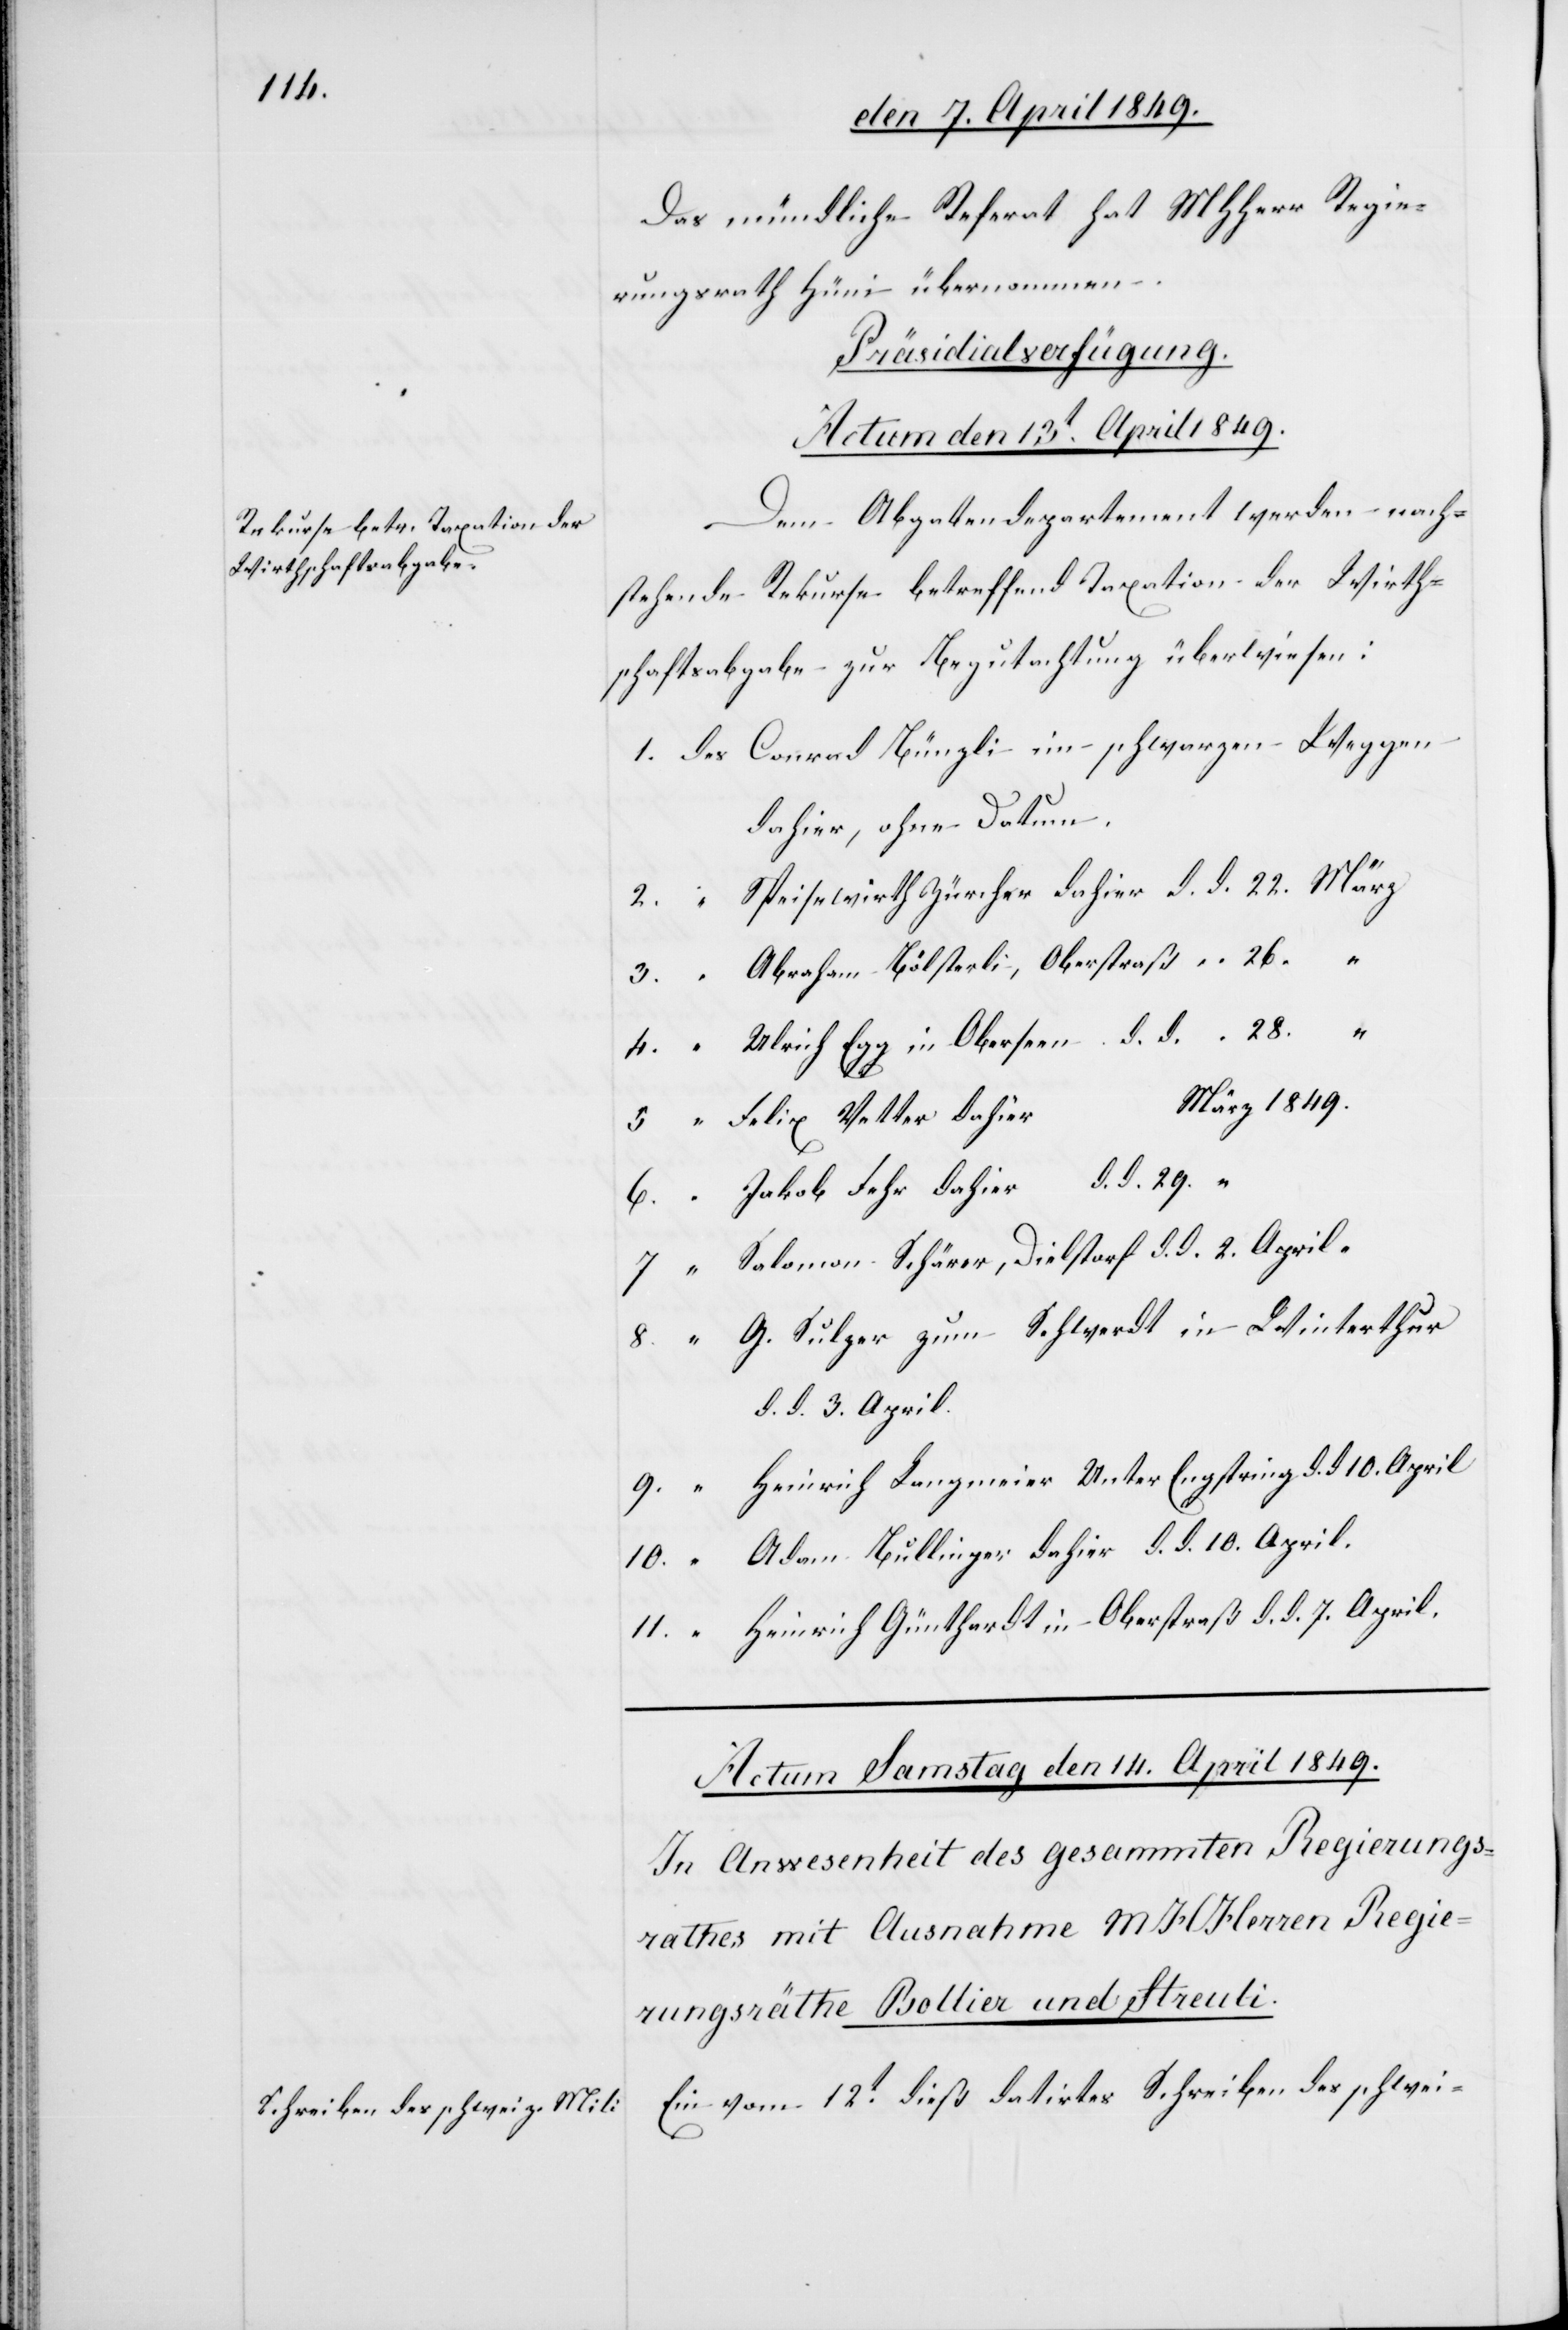
Das mündliche Referat hat MHHerr Regie¬
rungsrath Hüni übernommen.
Präsidialverfügung.
Actum den 13t April 1849.
Dem Abgabendepartement werden nach¬
stehende Rekurse betreffend Taxation der Wirth¬
schaftsabgabe zur Begutachtung überwiesen:
1.	des	Conrad Bünzli im schwarzen Wappen
dahier, ohne Datum.
2.	 “	Speisewirth Zürcher dahier d. d. 	22.	März
3.	 “	Abraham Bölsterli, Oberstraß	26.	 “
“	Ulrich Egg in Oberseen d. d. 	28.	 “
6. 	 “	Jakob Fehr dahier d. d. 	29.
7.	 “	Salomon Schärer, Dielstorf d. d. 	2.	April
8.	 “	G. Sulzer zum Schwerdt in Winterthur
d. d. 3. April.
9. 	 “	Heinrich Langmeier Unter Engstringen d. d. 10. April
10.	 “	Adam Bullinger dahier d. d. 10. April.
11.	 “	Heinrich Günthardt in Oberstraß d. d. 7. April.
Ein vom 12t dieß datirtes Schreiben des schwei-